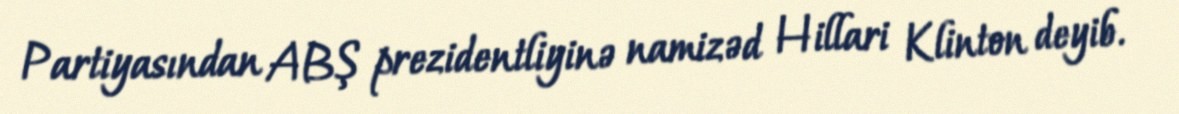
Partiyasından ABŞ prezidentliyinə namizəd Hillari Klinton deyib.